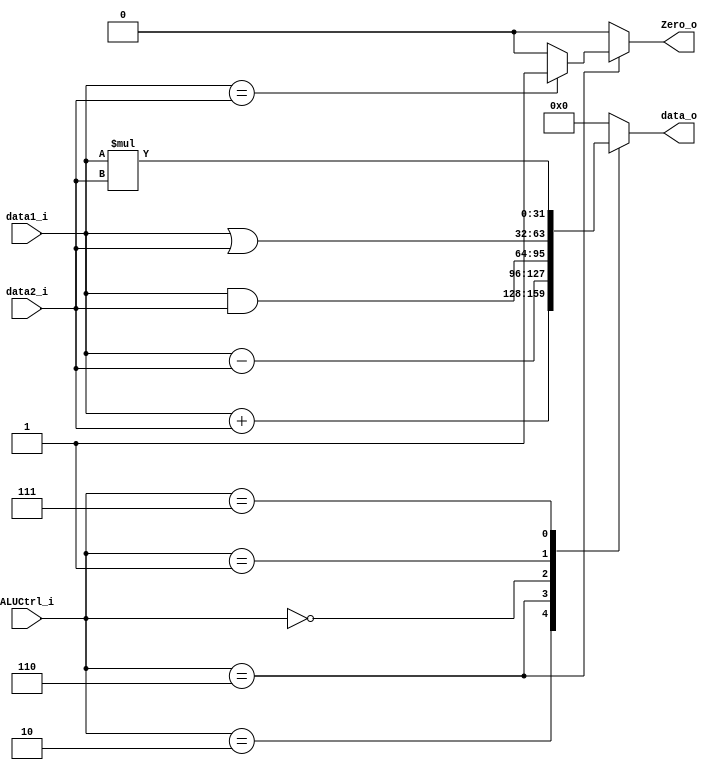
module ALU
(
	data1_i,
	data2_i,
	ALUCtrl_i,
	data_o,
	Zero_o
);
	// Port 
	input [31:0] data1_i;
	input [31:0] data2_i;
	input [2:0] ALUCtrl_i;
	output [31:0] data_o;
	output Zero_o;

	// Type
	reg Zero_o;
	reg [31:0] data_o;

	localparam
		ADD = 3'b010,
		SUB = 3'b110,
		OR = 3'b001,
		AND = 3'b000,
		MUL = 3'b111;

	// Behavior block
	always @(data1_i or data2_i or ALUCtrl_i) 
		begin
		case (ALUCtrl_i)
			// add
			ADD:
				begin
					Zero_o <= 0;
					data_o <= data1_i + data2_i;
				end
			// substract
			SUB:
				begin
					if (data1_i == data2_i)
						Zero_o <= 1;
					else
						Zero_o <= 0;

					data_o <= data1_i - data2_i; 
				end
			// and
			AND:
				begin
					Zero_o <= 0;
					data_o <= data1_i & data2_i;
				end
			// or
			OR:
				begin
					Zero_o <= 0;
					data_o <= data1_i | data2_i;
				end
			// mul 
			MUL:
				begin
					Zero_o <= 0;
					data_o <= data1_i * data2_i;
				end
			default: 
				begin 
					Zero_o <= 0;
					data_o <= 0;
				end
			endcase
		end




endmodule